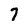
Character: 7